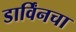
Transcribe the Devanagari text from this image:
डार्विंनचा